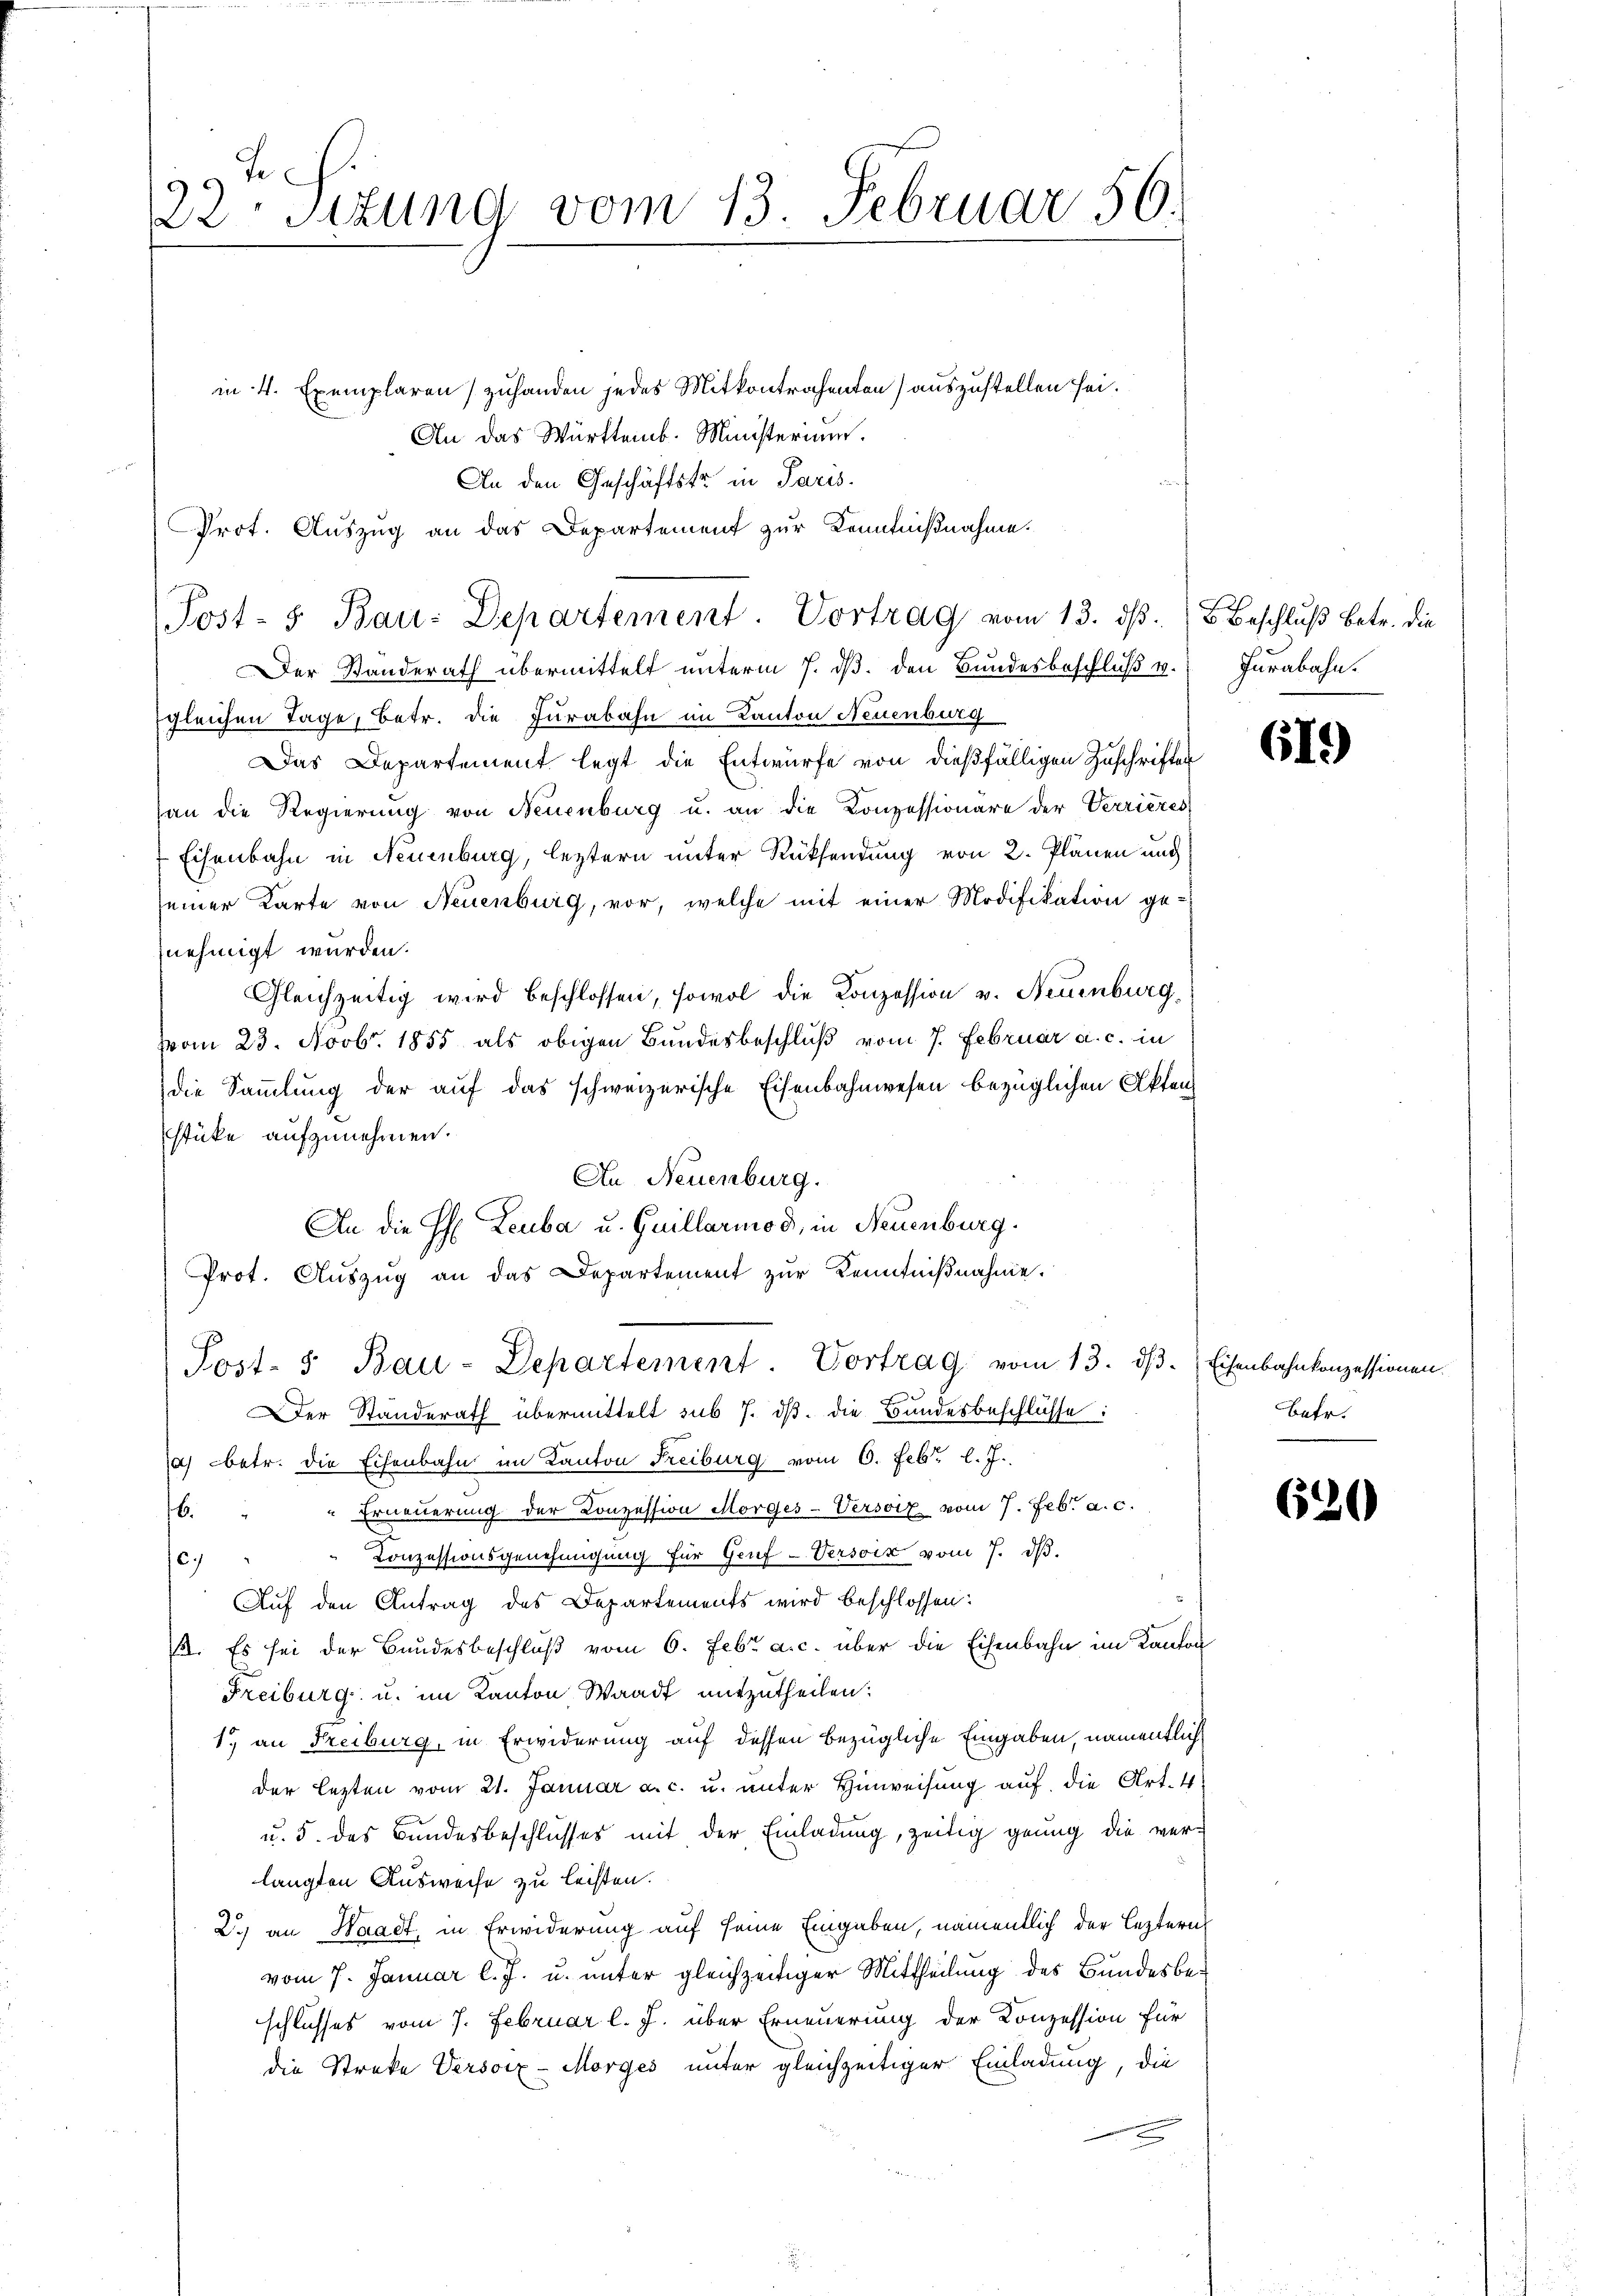
Dr. Sizung vom 13. Februar 56.

in 4 Exemplaren zuhanden jedes Mitkontrahenten) auszustellen sei.
An das Württemb. Ministerium.
An den Geschäftsfr. in Paris.
Prot. Auszug an das Departement zur Kenntnißnahme.
Post- & Bau-Departement. Vortrag vom 13. dβ.  Beschluß betr. die

Der Standerath übermittelt unterm 7. ds. den Bundesbeschluß v. Jurabahn.
gleichen Tage, betr. die Furabahn im Kanton Neuenburg
Das Departement legt die Entwurfe von dießfälligen Zuschriften
an die Regierung von Neuenburg u. an die Konzessionäre der Verrieres
Eisenbahn in Neuenburg, leztern unter Rücksendung von 2. Plänen und
seiner Karte von Neuenburg, vor, welche mit einer Modifikation genehmigt wurden.
Gleichzeitig wird beschlossen, sowol die Konzession v. Neuenburg,
vom 23. Novbr. 1855 als obigen Bundesbeschluß vom 7. Februar a. c. in
die Sammlung der auf das schweizerische Eisenbahnwesen bezüglichen Akten
stüke aufzunehmen.
An Neuenburg.
An die H: Leuba u. Guillarmod, in Neuenburg.
Prot. Aŭszŭg an das Departement zŭr Kenntniβnahme.
Post- 5 Bau-Departement. Vortrag vom 13. dβ. Eisenbahnkonzessionen.
Der Standerath übermittelt sub 7. dβ die Bundesbeschlüsse:
a) betr. die Eisenbahn im Kanton Freiburg vom 6. Febr. l. J.
Erneuerung der Conzession Morges-Versoiz vom 7. Febr. a. c.
6
Conzessionsgenehmigung für Genf -Versoin vom 7. d.
6
Auf den Antrag des Departements wird beschlossen:
12. Es sei der Bandesbeschluß vom 6. Febr. a. c. über die Eisenbahn im Kanton
Freiburg u. im Kanton, Waadt mitzutheilen:
1.) an Freiburg, in Erwiderung auf dessen bezügliche Eingaben, namentlich
der lezten vom 21. Januar a. c. u. unter Hinweisung auf die Art. 4.
u. 5. des Bundesbeschlusses mit der Einladung, zeitig genug die ver-
langten Ausweise zu leisten.
2.) an Waadt, in Erwiderung auf seine Eingaben, namentlich der leztern
vom 7. Januar l. J. u. unter gleichzeitiger Mittheilung des Bundesbeschlusses vom 7. Februar l. J. über Erneuerung der Konzession für
die Streke Versorz-Morges unter gleichzeitiger Einladung, die
.

619)

Batr.

620